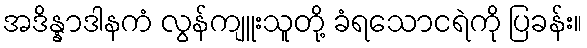
အဒိန္နာဒါနကံ လွန်ကျူးသူတို့ ခံရသောငရဲကို ပြခန်း။